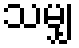
သမျှ